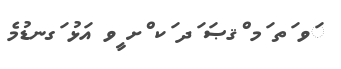
ަވ ަތ ަމ ްޤޞަ ަދ ަކ ްށ ީވ އަޅު ަގނޑުމެ